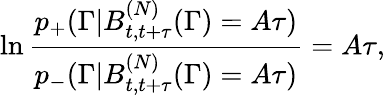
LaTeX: \ln\frac{p_{+}(\Gamma|B_{t,t+\tau}^{(N)}(\Gamma)=A\tau)}{p_{-}(\Gamma|B_{t,t+\tau}^{(N)}(\Gamma)=A\tau)}=A\tau,